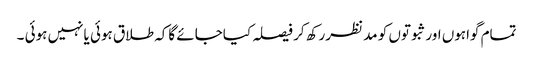
تمام گواہوں اورثبوتوں کو مد نظررکھ کر فیصلہ کیاجائے گاکہ طلاق ہوئی یانہیں ہوئی ۔